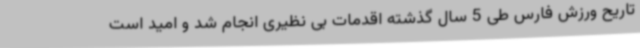
تاریح ورزش فارس طی 5 سال گذشته اقدمات بی نظیری انجام شد و امید است